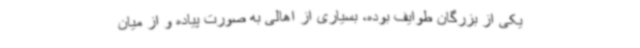
یکی از بزرگان طوایف بوده، بسیاری از اهالی به صورت پیاده و از میان